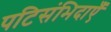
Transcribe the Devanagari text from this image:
पटिसंभिदाएँ